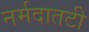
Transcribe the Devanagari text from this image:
नर्मदातटी